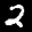
Label: 2